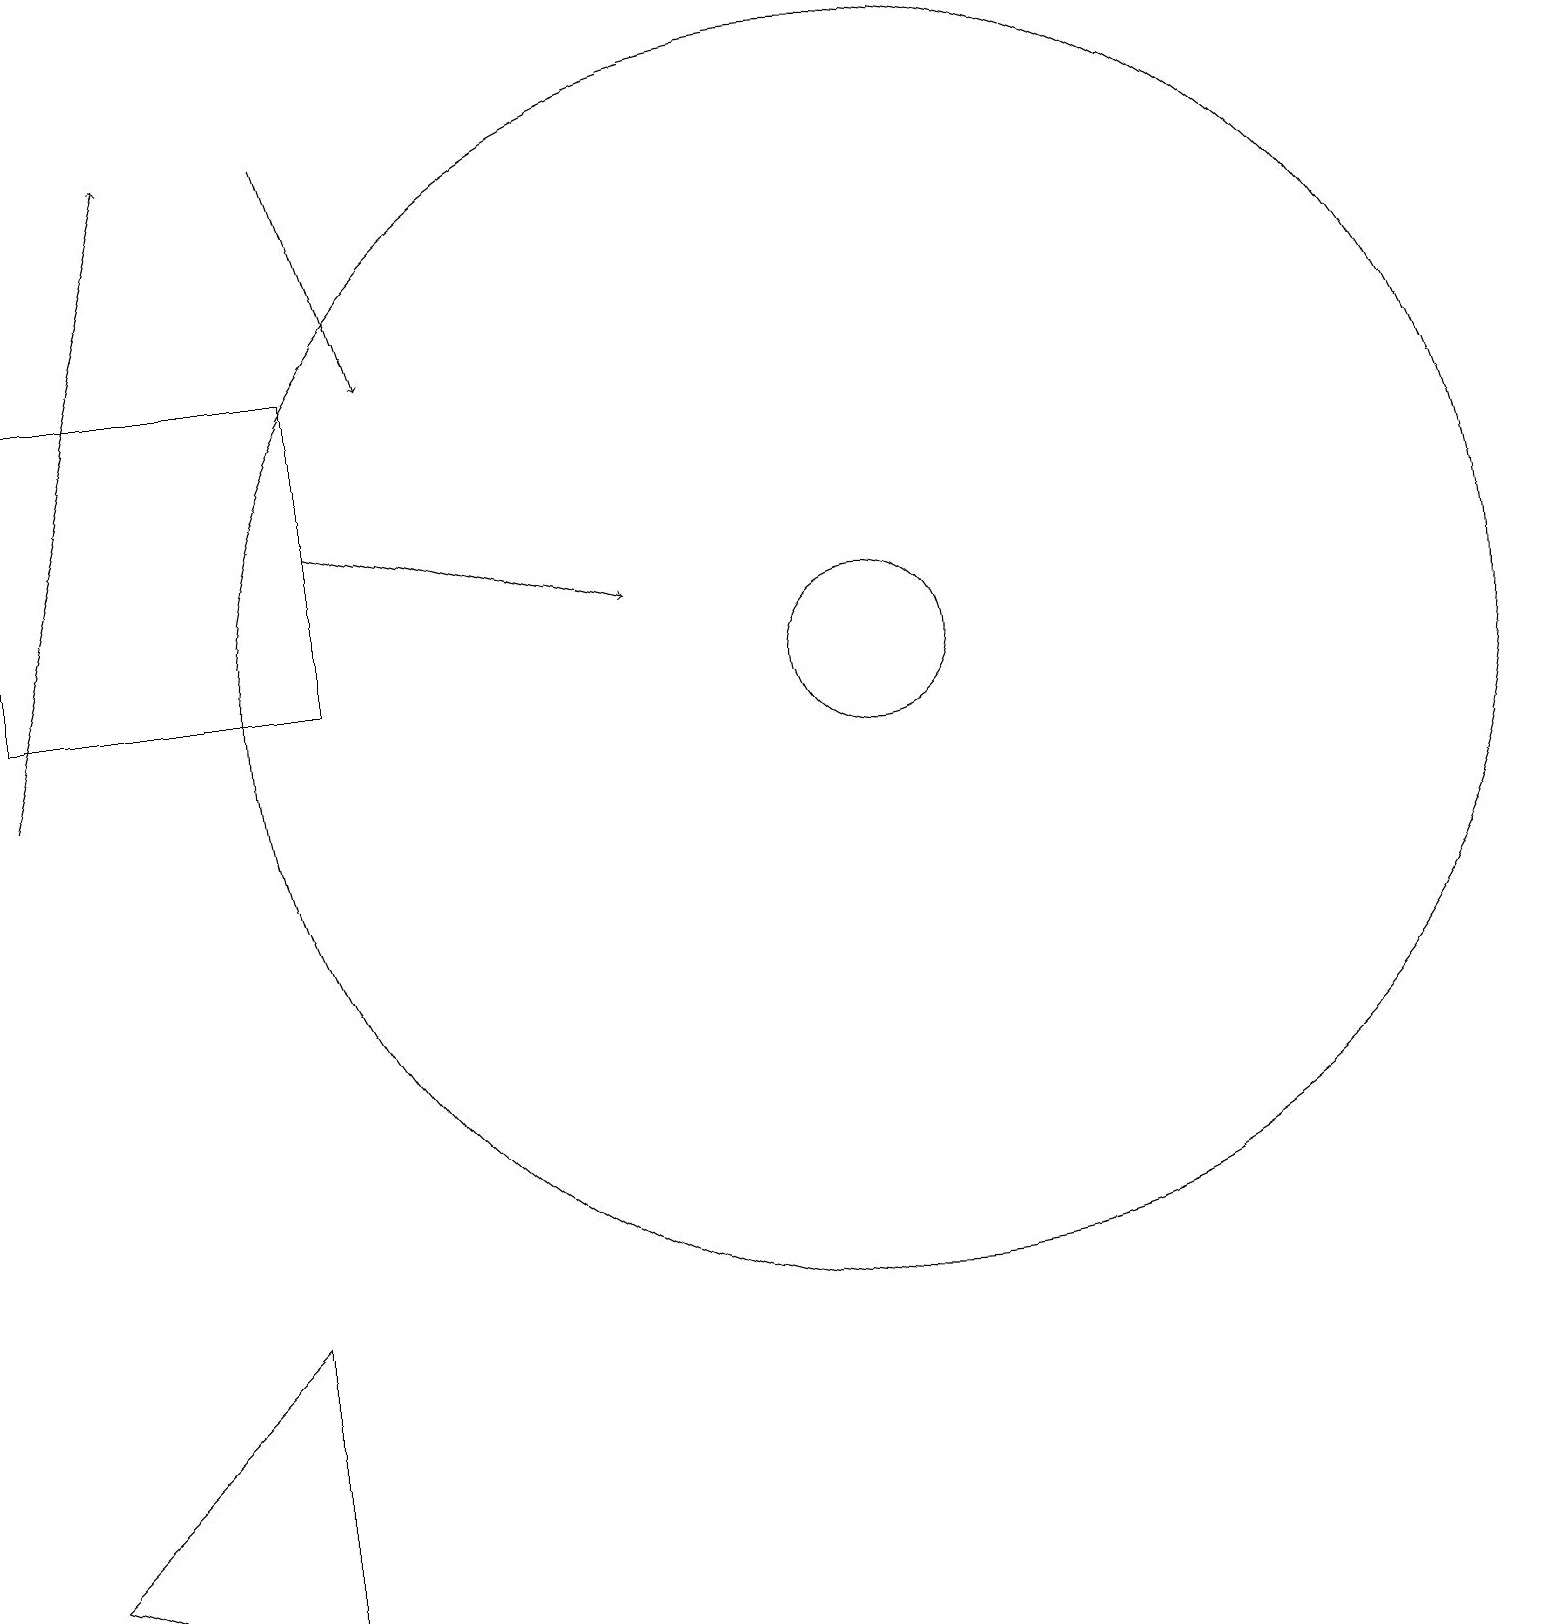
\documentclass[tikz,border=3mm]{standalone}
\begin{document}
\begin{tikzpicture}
\draw[->] (4,14) -- (8,13);
\draw (11,12) circle (8);
\draw[->] (0,11) -- (2,19);
\draw (0,1) -- (3,4) -- (3,0) -- cycle;
\draw (4,16) rectangle (0,12);
\draw[->] (4,19) -- (5,16);
\draw (11,12) circle (1);
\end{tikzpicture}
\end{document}